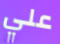
علي